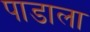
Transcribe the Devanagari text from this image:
पाडाला